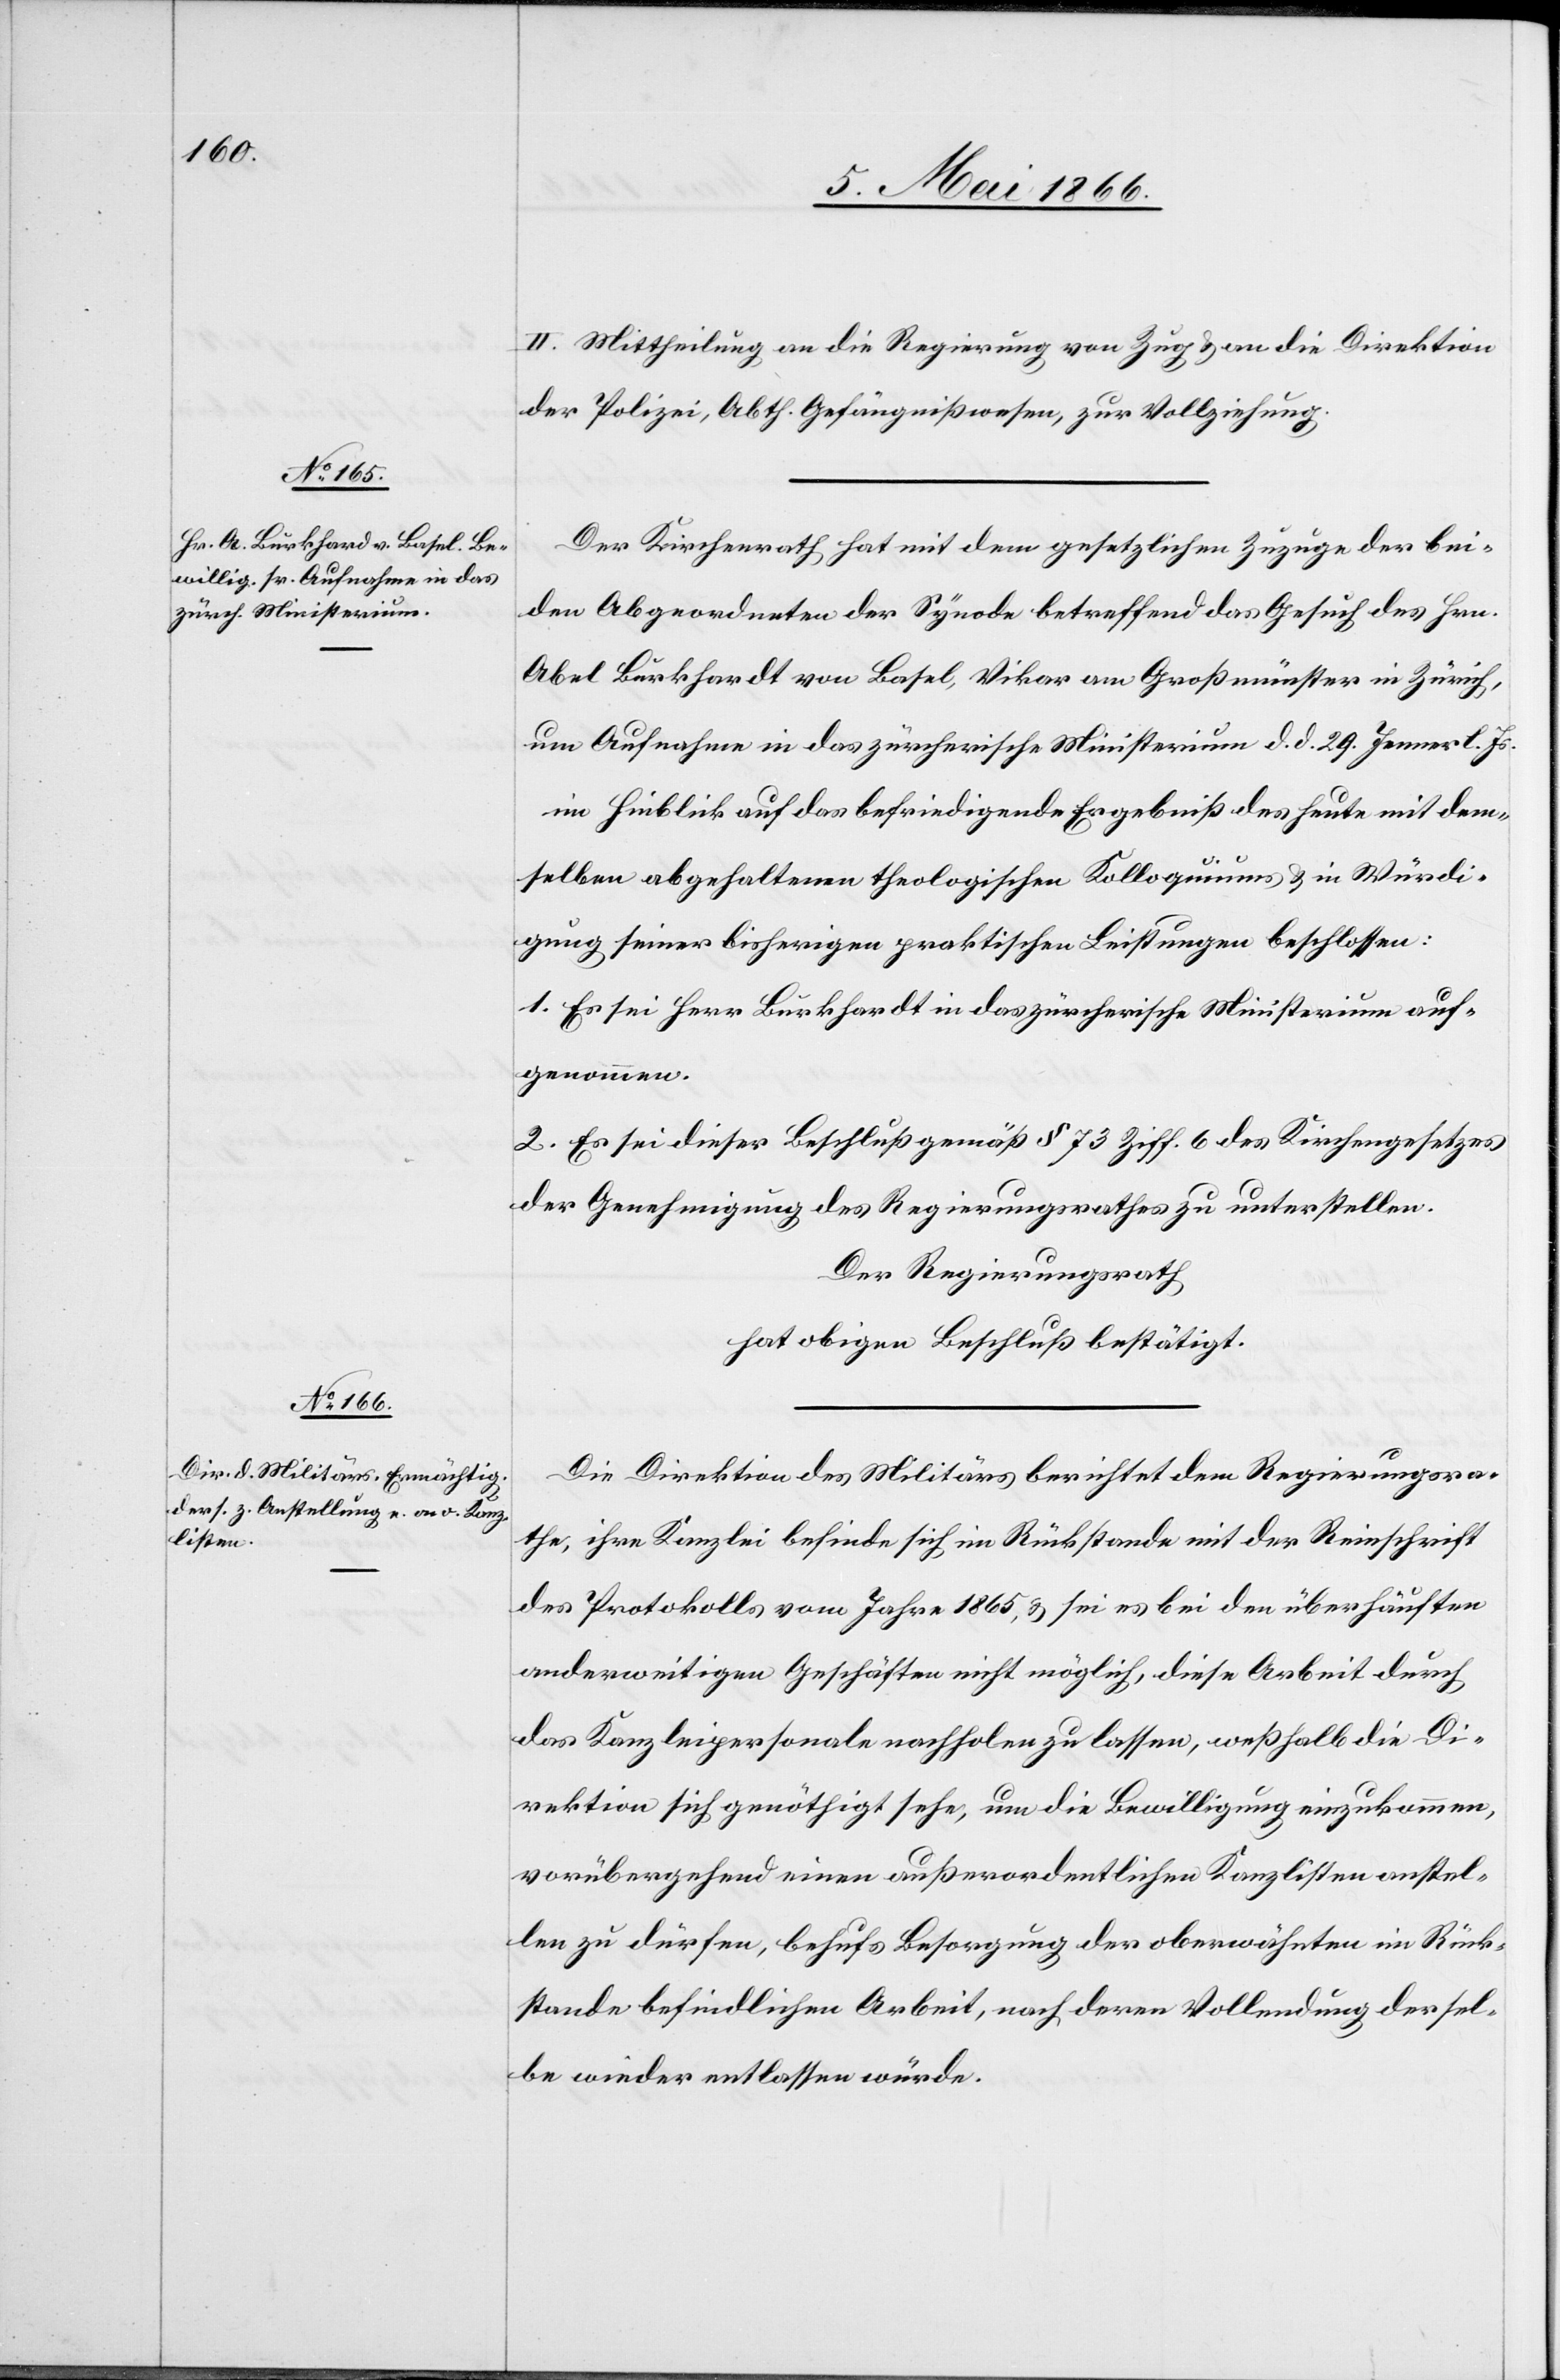
II. Mittheilung an die Regierung von Zug u. an die Direktion
der Polizei, Abth. Gefängnißwesen, zur Vollziehung.
Der Kirchenrath hat mit dem gesetzlichen Zuzuge der bei¬
den Abgeordneten der Synode betreffend das Gesuch des Hrn.
Abel Burkhardt [sic!] von Basel, Vikar am Großmünster in Zürich,
um Aufnahme in das zürcherische Ministerium d. d. 20. Jenner l. Js.
im Hinblick auf das befriedigende Ergebniß des heute mit dem¬
selben abgehaltenen theologischen Kolloquiums u. in Würdi¬
gung seiner bisherigen praktischen Leistungen beschlossen:
1. Es sei Herr Burkhardt in das zürcherische Ministerium auf¬
genommen.
2. Es sei dieser Beschluß gemäß § 73 Ziff. 6 des Kirchengesetzes
der Genehmigung des Regierungsrathes zu unterstellen.
Der Regierungsrath
hat obigen Beschluß bestätigt.
Die Direktion des Militärs berichtet dem Regierungsra¬
the, ihre Kanzlei befinde sich im Rückstande mit der Reinschrift
des Protokolls vom Jahre 1865 u. sei es bei den überhäuften
anderweitigen Geschäften nicht möglich, diese Arbeit durch
das Kanzleipersonale nachholen zu lassen, weßhalb die Di¬
rektion sich genöthigt sehe, um die Bewilligung einzukommen,
vorübergehend einen außerordentlichen Kanzlisten anstel¬
len zu dürfen, behufs Besorgung der oberwähnten im Rück¬
stande befindlichen Arbeit, nach deren Vollendung dersel¬
be wieder entlassen würde.